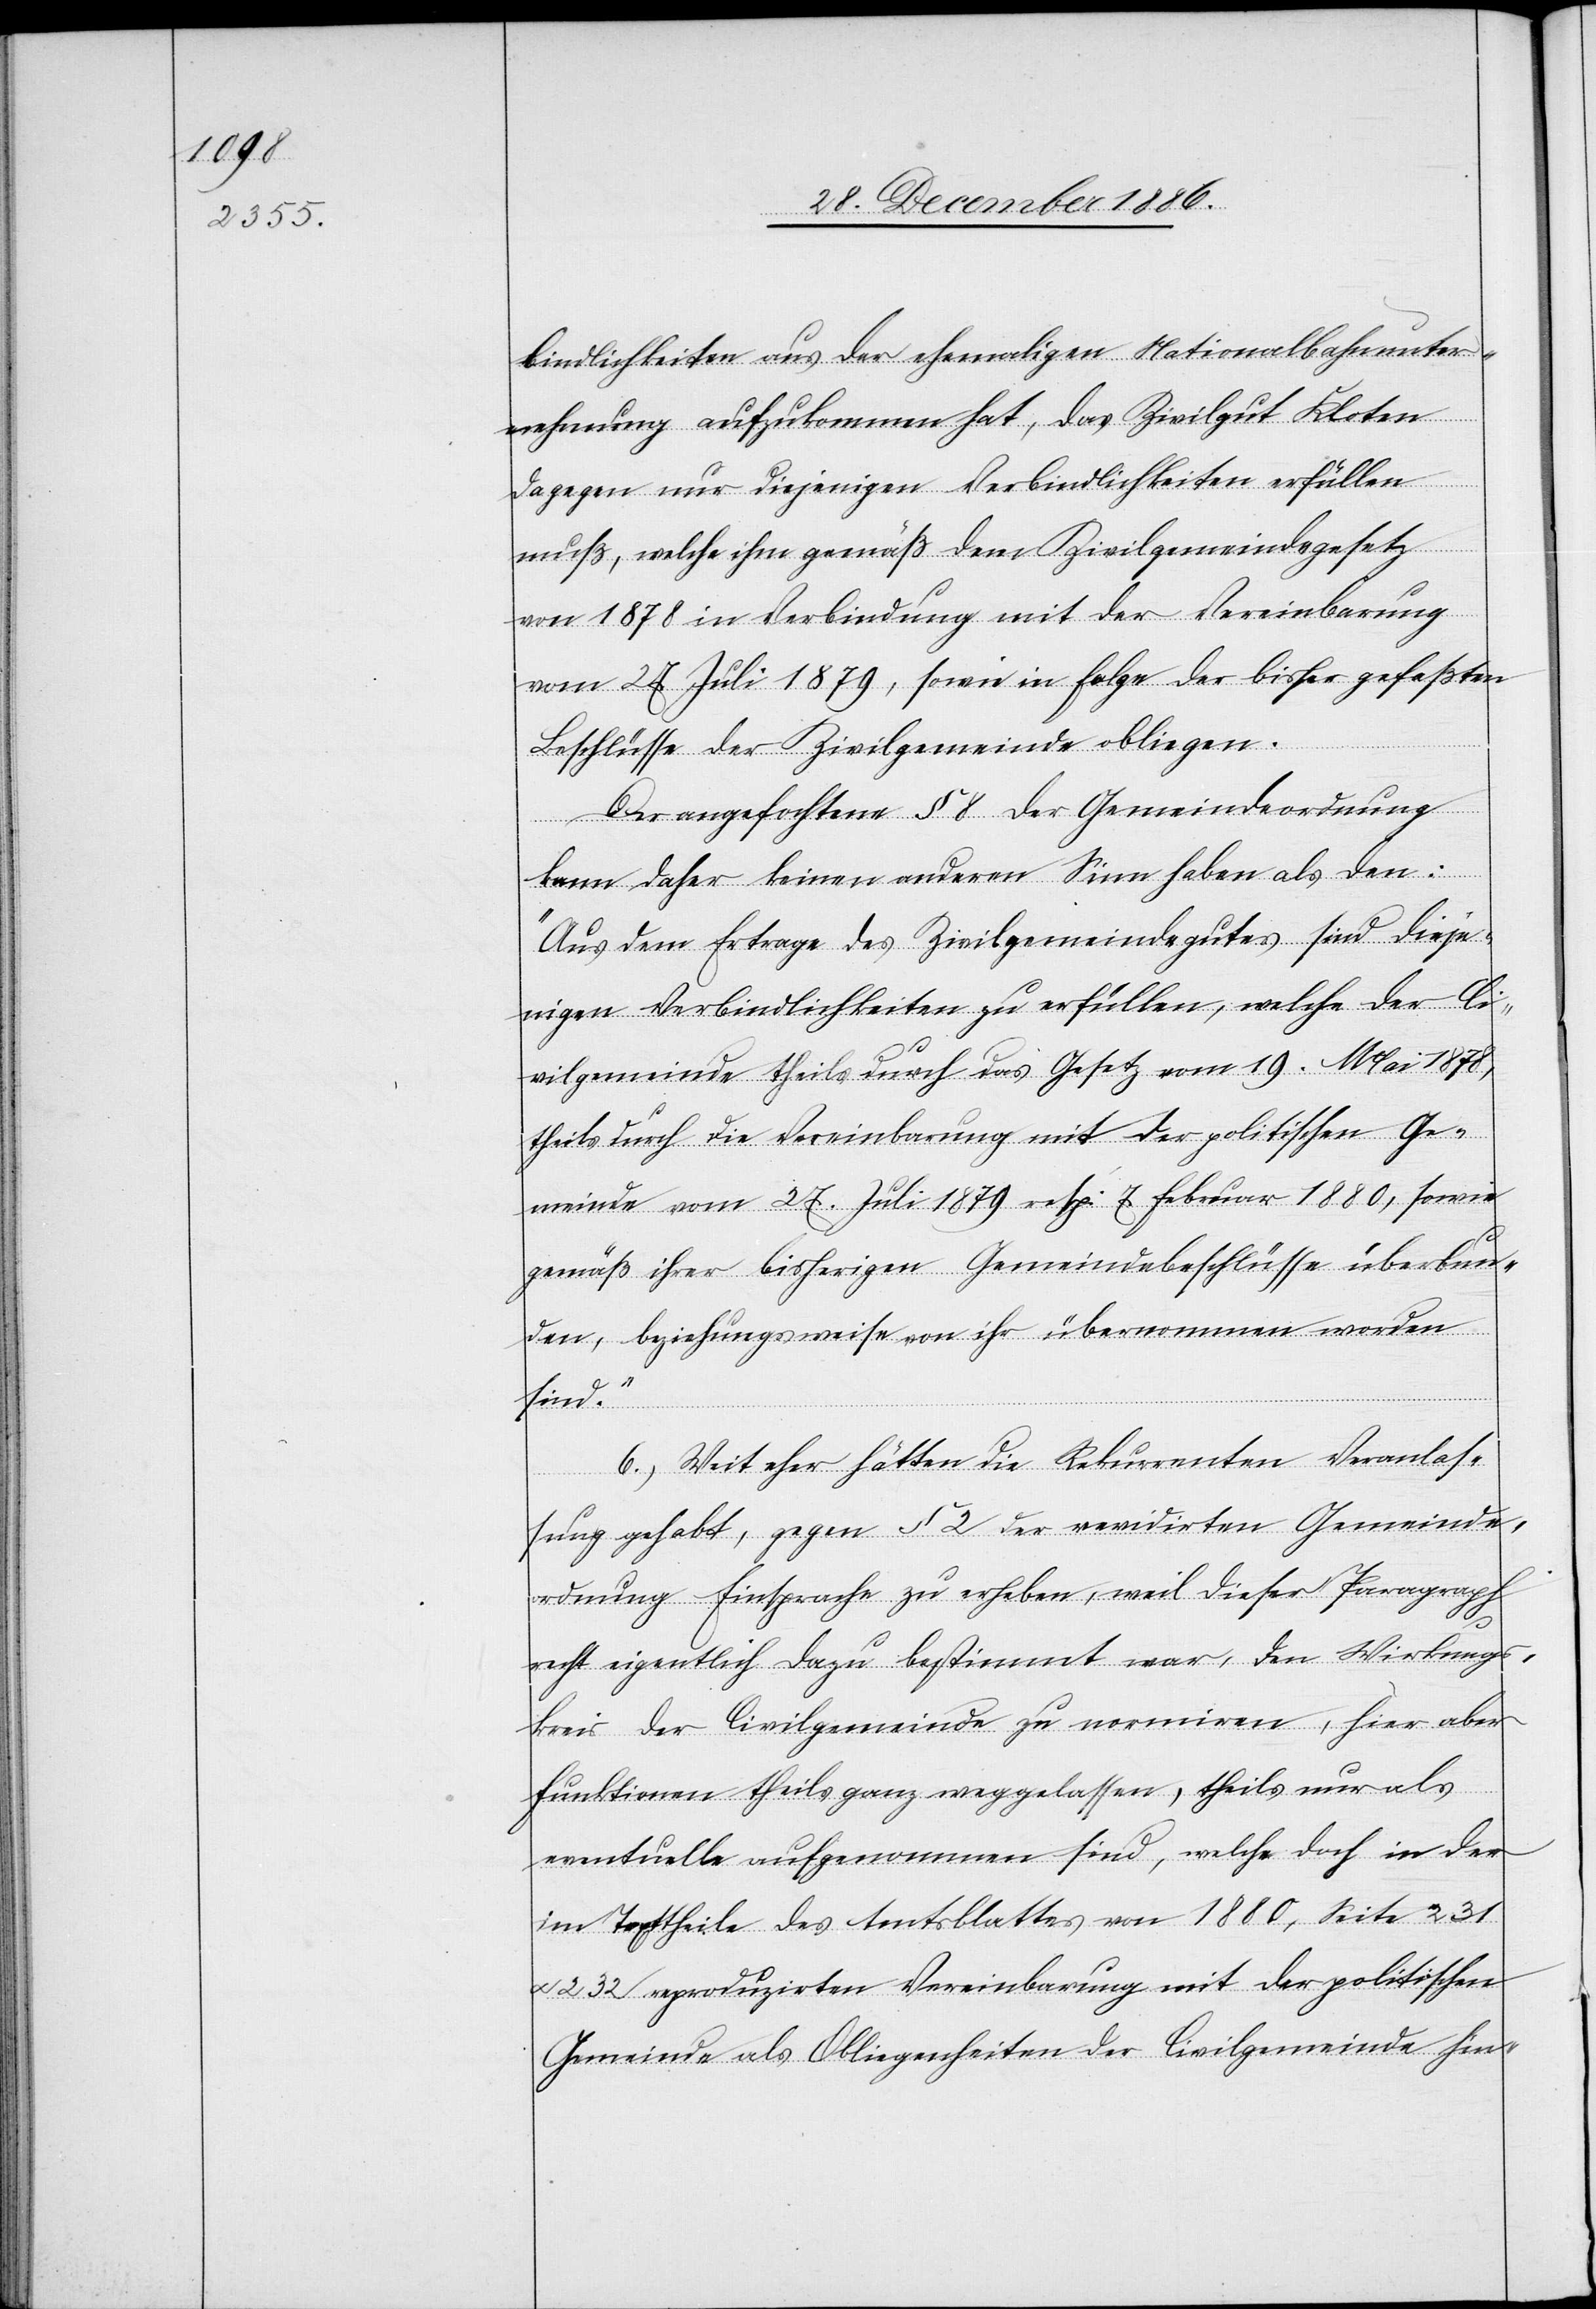
bindlichkeiten aus der ehemaligen Nationalbahnunter¬
nehmung aufzukommen hat, das Zivilgut Kloten
dagegen nur diejenigen Verbindlichkeiten erfüllen
muß, welche ihm gemäß dem Zivilgemeindegesetz
von 1878 in Verbindung mit der Vereinbarung
vom 27. Juli 1879, sowie in Folge der bisher gefaßten
Beschlüsse der Zivilgemeinde obliegen.
Der angefochtene § 8 der Gemeindeordnung
kann daher keinen anderen Sinn haben als den:
„Aus dem Ertrage des Zivilgemeindegutes sind dieje¬
nigen Verbindlichkeiten zu erfüllen, welche der Ci¬
vilgemeinde theils durch das Gesetz vom 19. Mai 1878,
theils durch die Vereinbarung mit der politischen Ge¬
meinde vom 27. Juli 1879 resp: 7. Februar 1880, sowie
gemäß ihrer bisherigen Gemeindebeschlüsse überbun¬
den, beziehungsweise von ihr übernommen worden
sind.“
6.) Weit eher hätten die Rekurrenten Veranlas¬
sung gehabt, gegen § 2 der revidirten Gemeinde¬
ordnung Einsprache zu erheben, weil dieser Paragraph
recht eigentlich dazu bestimmt war, den Wirkungs¬
kreis der Civilgemeinde zu normiren, hier aber
Funktionen theils ganz weggelassen, theils nur als
eventuelle aufgenommen sind, welche doch in der
im Texttheile des Amtsblattes von 1880, Seite 231
232 reproduzirten Vereinbarung mit der politischen
Gemeinde als Obliegenheiten der Civilgemeinde hin-